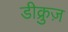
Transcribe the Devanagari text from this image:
डीक्रुज़